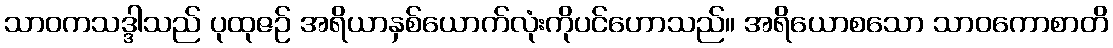
သာဝကသဒ္ဒါသည် ပုထုဇဉ် အရိယာနှစ်ယောက်လုံးကိုပင်ဟောသည်။ အရိယောစသော သာဝကောစာတိ